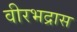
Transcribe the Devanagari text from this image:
वीरभद्रास